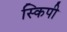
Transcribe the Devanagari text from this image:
स्किपी